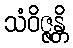
သံဝိဇ္ဇန္တိ